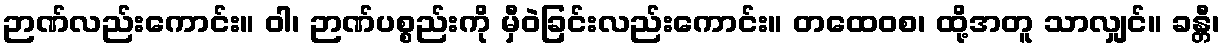
ဉာဏ်လည်းကောင်း။ ဝါ၊ ဉာဏ်ပစ္စည်းကို မှီဝဲခြင်းလည်းကောင်း။ တထေဝစ၊ ထို့အတူ သာလျှင်။ ခန္တီ၊